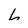
Character: h